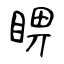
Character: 睤